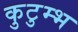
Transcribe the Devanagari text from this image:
कुटुम्भ